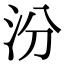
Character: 汾